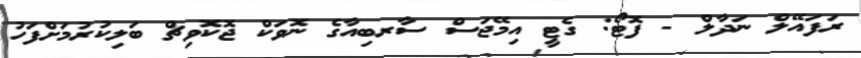
ރަފައޭލް ނަދާލް - ފޮޓޯ: ގެޓީ އިމޭޖަސް ސާރބިއާގެ ނޮވަކް ޖޮކޮވިޗް ބަލިކުރުމަށްފަހު